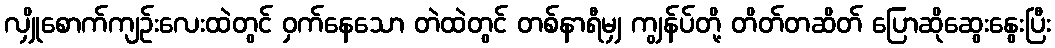
လျှိုစောက်ကျဉ်းလေးထဲတွင် ဝှက်နေသော တဲထဲတွင် တစ်နာရီမျှ ကျွန်ပ်တို့ တိတ်တဆိတ် ပြောဆိုဆွေးနွေးပြီး